Vaccination in Bombay 1856-1862 - 1856-1862
Year: 1856
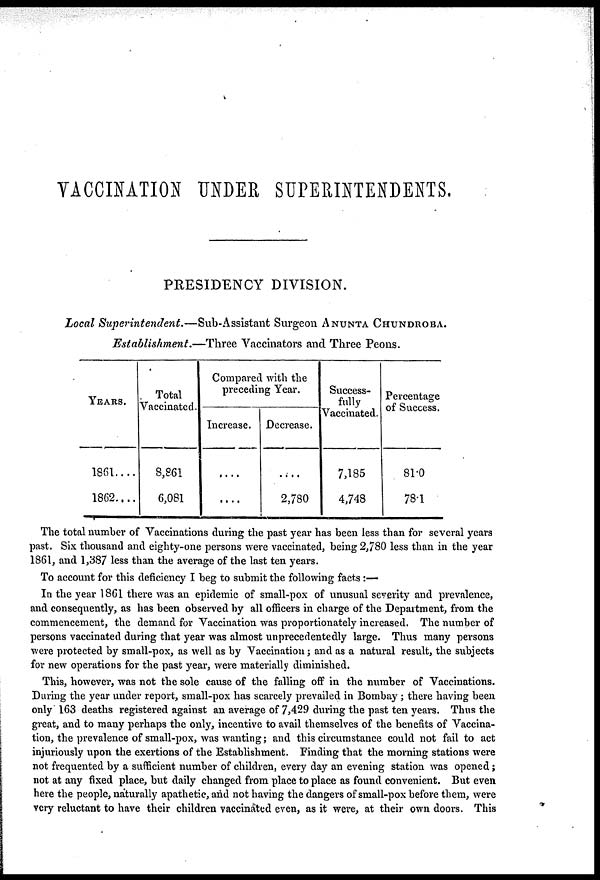
VACCINATION UNDER SUPERINTENDENTS.
PRESIDENCY DIVISION.
Local Superintendent.—Sub-Assistant
Surgeon ANUNTA CHUNDROBA.
Establishment.—Three
Vaccinators and Three Peons.
YEARS.
1861....
1862....
Total
Vaccinated.
8,861
6,081
Compared with the
preceding Year.
Increase.
....
....
Decrease.
....
2,780
Success-
fully
Vaccinated.
7,185
4,748
Percentage
of Success.
81.0
78.1
The total number of Vaccinations during the past year has been less than for several years
past. Six thousand and eighty-one persons were vaccinated, being 2,780 less than in the year
1861, and 1,387 less than the average of the last ten years.
To account for this deficiency I beg to submit the following facts :—
In the year 1861 there was an epidemic of small-pox of unusual severity and prevalence,
and consequently, as has been observed by all officers in charge of the Department, from the
commencement, the demand for Vaccination was proportionately increased. The number of
persons vaccinated during that year was almost unprecedentedly large. Thus many persons
were protected by small-pox, as well as by Vaccination; and as a natural result, the subjects
for new operations for the past year, were materially diminished.
This, however, was not the sole cause of the falling off in the number of Vaccinations.
During the year under report, small-pox has scarcely prevailed in Bombay ; there having been
only 163 deaths registered against an average of 7,429 during the past ten years. Thus the
great, and to many perhaps the only, incentive to avail themselves of the benefits of Vaccina-
tion, the prevalence of small-pox, was wanting; and this circumstance could not fail to act
injuriously upon the exertions of the Establishment. Finding that the morning stations were
not frequented by a sufficient number of children, every day an evening station was opened;
not at any fixed place, but daily changed from place to place as found convenient. But even
here the people, naturally apathetic, and not having the dangers of small-pox before them, were
very reluctant to have their children vaccinated even, as it were, at their own doors. This